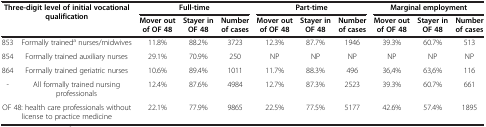
<table><thead><tr><td colspan="2" rowspan="2"><b>Three-digit level of initial vocational qualification</b></td><td colspan="3"><b>Full-time</b></td><td colspan="3"><b>Part-time</b></td><td colspan="3"><b>Marginal employment</b></td></tr><tr><td><b>Mover out of OF 48</b></td><td><b>Stayer in OF 48</b></td><td><b>Number of cases</b></td><td><b>Mover out of OF 48</b></td><td><b>Stayer in OF 48</b></td><td><b>Number of cases</b></td><td><b>Mover out of OF 48</b></td><td><b>Stayer in OF 48</b></td><td><b>Number of cases</b></td></tr></thead><tbody><tr><td>853</td><td>Formally trained<sup>a</sup> nurses/midwives</td><td>11.8%</td><td>88.2%</td><td>3723</td><td>12.3%</td><td>87.7%</td><td>1946</td><td>39.3%</td><td>60.7%</td><td>513</td></tr><tr><td>854</td><td>Formally trained auxiliary nurses</td><td>29.1%</td><td>70.9%</td><td>250</td><td>NP</td><td>NP</td><td>NP</td><td>NP</td><td>NP</td><td>NP</td></tr><tr><td>864</td><td>Formally trained geriatric nurses</td><td>10.6%</td><td>89.4%</td><td>1011</td><td>11.7%</td><td>88.3%</td><td>496</td><td>36,4%</td><td>63,6%</td><td>116</td></tr><tr><td>-</td><td>All formally trained nursing professionals</td><td>12.4%</td><td>87.6%</td><td>4984</td><td>12.7%</td><td>87.3%</td><td>2523</td><td>39.3%</td><td>60.7%</td><td>661</td></tr><tr><td colspan="2">OF 48: health care professionals without license to practice medicine</td><td>22.1%</td><td>77.9%</td><td>9865</td><td>22.5%</td><td>77.5%</td><td>5177</td><td>42.6%</td><td>57.4%</td><td>1895</td></tr></tbody></table>